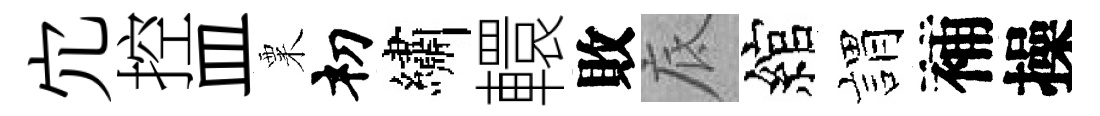
宂控皿粟𥘉繡轘敗底綰娟補操